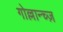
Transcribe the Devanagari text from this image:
गोल्लान्च्ज़